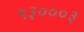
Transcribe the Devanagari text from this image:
५३०००३